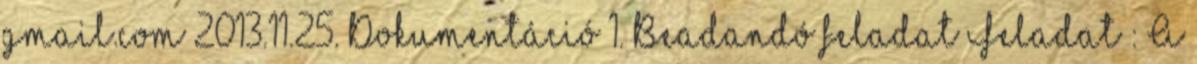
gmail.com 2013.11.25. Dokumentáció 1. Beadandó feladat Feladat : A